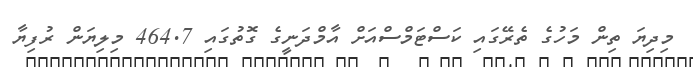
މިދިޔަ ތިން މަހުގެ ތެރޭގައި ކަސްޓަމްސްއަށް އާމްދަނީގެ ގޮތުގައި 464.7 މިލިޔަން ރުފިޔާ